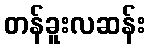
တန်ခူးလဆန်း